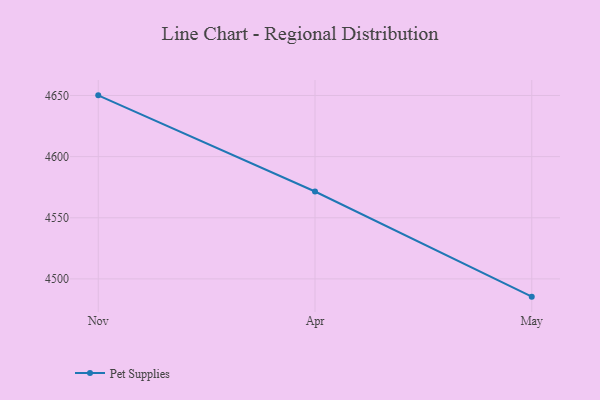
{"axis": {"x": "Month", "y": "Backlog"}, "legend": ["Pet Supplies"], "data": [{"x": "Nov", "y": 4650.1, "type": "Pet Supplies"}, {"x": "Apr", "y": 4571.5, "type": "Pet Supplies"}, {"x": "May", "y": 4485.5, "type": "Pet Supplies"}]}